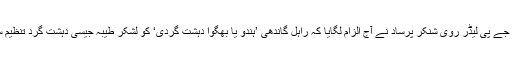
مرکزی وزیر قانون اور سینئر بی جے پی لیڈر روی شنکر پرساد نے آج الزام لگایا کہ راہل گاندھی ’ہندو یا بھگوا دہشت گردی‘ کو لشکر طیبہ جیسی دہشت گرد تنظیم سے زیادہ خطرناک سمجھتے ہیں۔